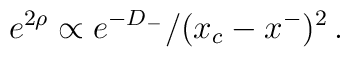
\:e^{2\rho} \propto e^{-D_- }/(x_c -x^- )^2 \,.\: